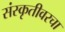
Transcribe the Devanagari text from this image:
संस्कृतीवरचा